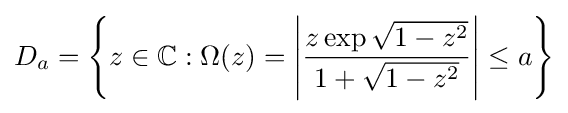
D_{a}=\left\{z\in \mathbb {C} :\Omega (z)=\left|{\frac {z\exp {\sqrt {1-z^{2}}}}{1+{\sqrt {1-z^{2}}}}}\right|\leq a\right\}